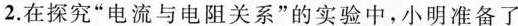
2.在探究”电流与电阻关系”的实验中，小明准备了